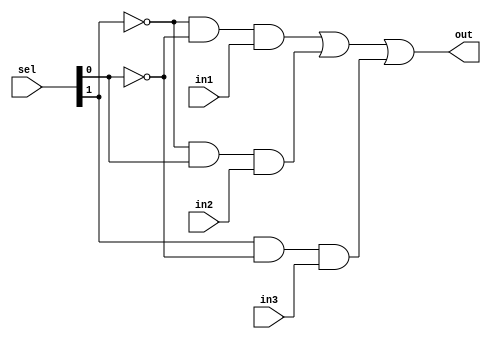
module mux3to1(out,sel,in1,in2,in3);
	input in1,in2,in3;
	input [0:1] sel;
	output out;
	wire [0:1] notsel;
	not(notsel[0],sel[0]);
	not(notsel[1],sel[1]);
	wire a1,a2,a3;
	and(a1,notsel[0],notsel[1],in1);
	and(a2,notsel[0],sel[1],in2);
	and(a3,sel[0],notsel[1],in3);
	or(out,a1,a2,a3);
endmodule